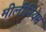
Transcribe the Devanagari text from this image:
मीलींनियम